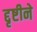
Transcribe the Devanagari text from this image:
द्दृष्टीने